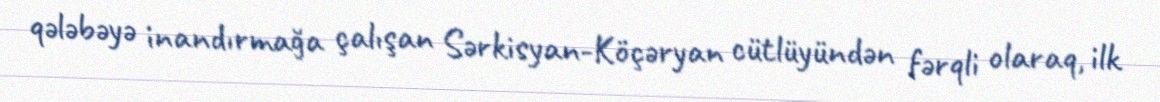
qələbəyə inandırmağa çalışan Sərkisyan-Köçəryan cütlüyündən fərqli olaraq, ilk